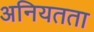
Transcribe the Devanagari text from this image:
अनियतता